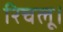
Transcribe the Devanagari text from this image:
रिचलू।